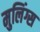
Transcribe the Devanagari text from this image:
मुलिंग्स